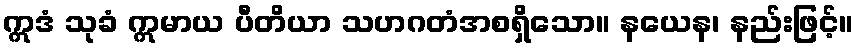
ဣဒံ သုခံ ဣမာယ ပီတိယာ သဟဂတံအစရှိသော။ နယေန၊ နည်းဖြင့်။